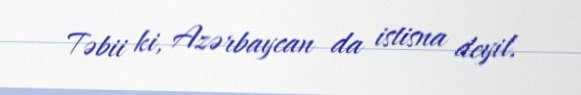
Təbii ki, Azərbaycan da istisna deyil.